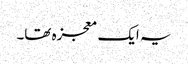
یہ ایک معجزہ تھا۔